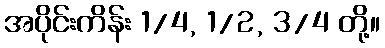
အပိုင်းကိန်း 1/4, 1/2, 3/4 တို့။